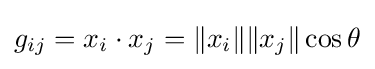
g_{ij}=x_{i}\cdot x_{j}=\|x_{i}\|\|x_{j}\|\cos \theta